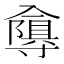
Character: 𭁂